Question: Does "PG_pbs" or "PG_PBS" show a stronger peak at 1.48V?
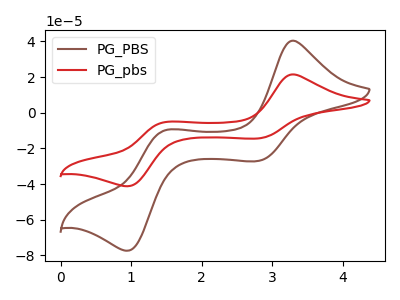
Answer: <think>The brown curve "PG_PBS" has anodic peaks at (3.30V, 40.45uA) (1.50V, -9.80uA) and cathodic peaks at (2.80V, -27.00uA) (0.95V, -77.35uA). The red curve "PG_pbs" has anodic peaks at (3.30V, 21.55uA) (1.50V, -5.20uA) and cathodic peaks at (2.80V, -14.40uA) (0.95V, -41.20uA).</think>
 <answer>The peak at 1.48V is higher in "PG_pbs" than in "PG_PBS".</answer>
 <eval>higher</eval>